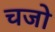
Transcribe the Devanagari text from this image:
चजो